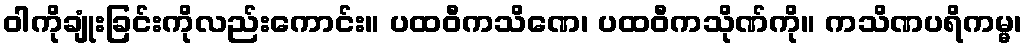
ဝါကိုချုံးခြင်းကိုလည်းကောင်း။ ပထဝီကသိဏေ၊ ပထဝီကသိုဏ်ကို။ ကသိဏပရိကမ္မ၊